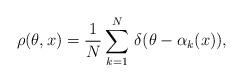
LaTeX: \begin{align*}\rho(\theta ,x)=\frac{1}{N}\sum_{k=1}^{N}\,\delta(\theta -\alpha_{k}(x)),\end{align*}